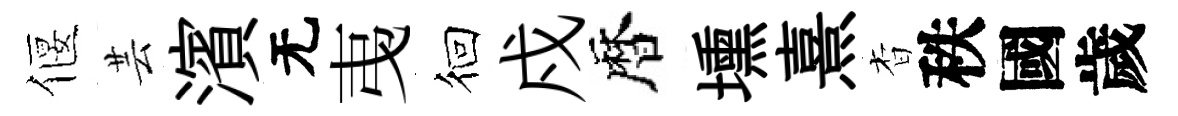
偃芸濱无𢎯徊戍暦壎熹杳秩國歲